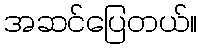
အဆင်ပြေတယ်။